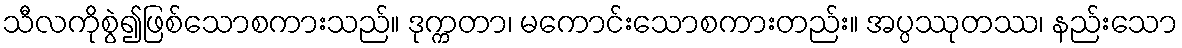
သီလကိုစွဲ၍ဖြစ်သောစကားသည်။ ဒုက္ကတာ၊ မကောင်းသောစကားတည်း။ အပ္ပဿုတဿ၊ နည်းသော